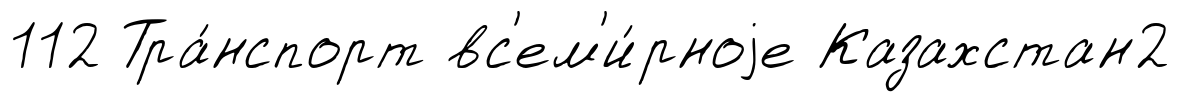
112 Тра́нспорт вс'ем'и́рноjе Казахстан2